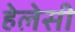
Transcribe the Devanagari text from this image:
हेलेसी